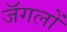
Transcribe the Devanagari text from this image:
जॅगलों